Report on vaccination in Madras 1877-1894 - 1877-1894
Year: 1877
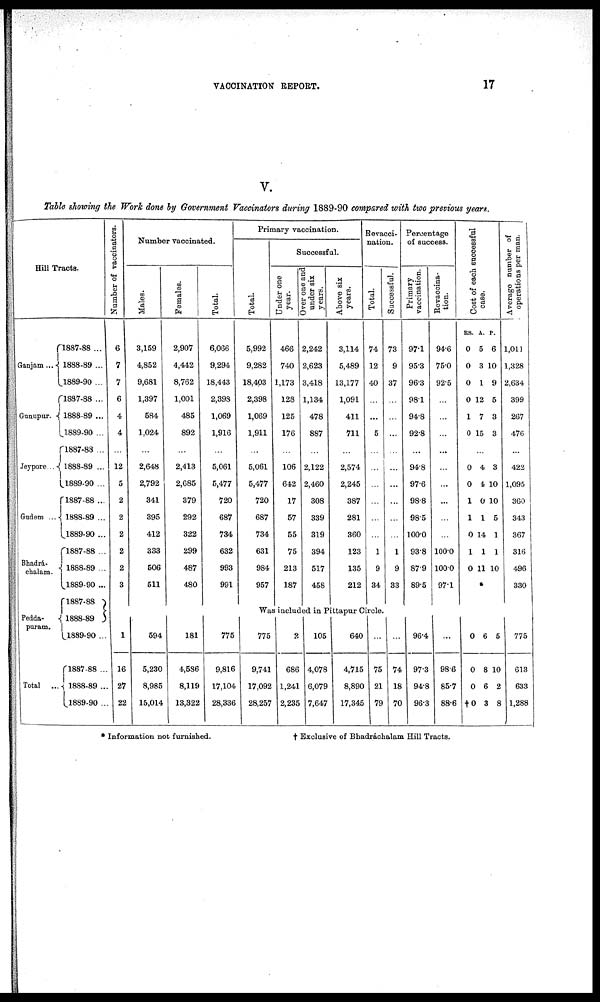
VACCINATION REPORT.
17
V.
Table showing the Work done by Government Vaccinators during 1889-90 compared with two previous years.
Hill Tracts.
Ganjam...
Gunupur.
Jeypore...
Gudem ...
Bhadrá¬
chalam.
Pedda¬
puram.
Total ...
1887-88 ...
1888-89 ...
1889-90 ...
1887-88 ...
1888-89 ...
1889-90 ...
1887-88 ...
1888-89 ...
1889-90 ...
1887-88 ...
1888-89 ...
1889-90 ...
1887-88 ...
1888-89 ...
1889-90 ...
1887-88
1888-89
1889-90 ...
1887-88 ...
1888-89 ...
1889-90 ...
Number of vaccinators.
6
7
7
6
4
4
...
12
5
2
2
2
2
2
3
Number vaccinated.
Males.
3,159
4,852
9,681
1,397
584
1,024
...
2,648
2,792
341
395
412
333
506
511
Females.
2,907
4,442
8,762
1,001
485
892
...
2,413
2,685
379
292
322
299
487
480
Total.
6,066
9,294
18,443
2,398
1,069
1,916
...
5,061
5,477
720
687
734
632
993
991
Primary vaccination.
Total.
5,992
9,282
18,403
2,398
1,069
1,911
...
5,061
5,477
720
687
734
631
984
957
Successful.
Under one
year.
466
740
1,173
128
125
176
...
106
642
17
57
55
75
213
187
Over one and
under six
years.
2,242
2,623
3,418
1,134
478
887
...
2,122
2,460
308
339
319
394
517
458
Above six
years.
3,114
5,489
13,177
1,091
411
711
...
2,574
2,245
387
281
360
123
135
212
Revacci-
nation.
Total.
74
12
40
...
...
5
...
...
...
...
...
...
1
9
34
Successful.
73
9
37
...
...
...
...
...
...
...
...
...
1
9
33
Percentage
of success.
Primary
vaccination.
97.1
95.3
96.3
98.1
94.8
92.8
...
94.8
97.6
98.8
98.5
100.0
93.8
87.9
89.5
Revaccina¬
tion.
94.6
75.0
92.5
...
...
...
...
...
...
...
...
...
100.0
100.0
97.1
Cost of each successful
case.
RS.
0
0
0
0
1
0
A.
5
3
1
12
7
15
P.
6
10
9
5
3
3
...
0
0
1
1
0
1
0
4
4
0
1
14
1
11
3
10
10
5
1
1
10
...
Average number of
operations per man.
1,011
1,328
2,634
399
267
476
...
422
1,095
360
343
367
316
496
330
Was included in Pittapur Circle.
1
16
27
22
594
5,230
8,985
15,014
181
4,586
8,119
13,322
775
9,816
17,104
28,336
775
9,741
17,092
28,257
2
686
1,241
2,235
105
4,078
6,079
7,647
640
4,715
8,890
17,345
...
75
21
79
...
74
18
70
96.4
97.3
94.8
96.3
...
98.6
85.7
88.6
0
0
0
†0
6
8
6
3
5
10
2
8
775
613
633
1,288
* Information not furnished.
† Exclusive of Bhadráchalam Hill Tracts.